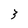
Character: 3